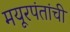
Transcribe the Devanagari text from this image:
मयूरपंतांची